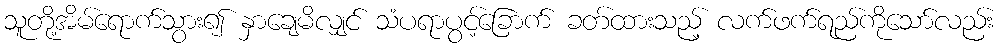
သူတို့အိမ်ရောက်သွား၍ နှာချေမိလျှင် သံပရာပွင့်ခြောက် ခတ်ထားသည့် လက်ဖက်ရည်ကိုသော်လည်း